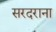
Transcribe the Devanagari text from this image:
सरदराना